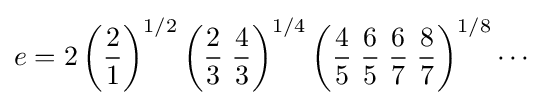
e=2\left({\frac {2}{1}}\right)^{1/2}\left({\frac {2}{3}}\;{\frac {4}{3}}\right)^{1/4}\left({\frac {4}{5}}\;{\frac {6}{5}}\;{\frac {6}{7}}\;{\frac {8}{7}}\right)^{1/8}\cdots